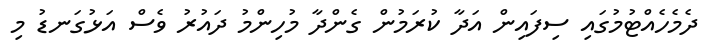
ދެމެހެއްޓުމުގައި ސިފައިން އަދާ ކުރަމުން ގެންދާ މުހިންމު ދައުރު ވެސް އަޅުގަނޑު މި